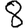
Digit: 8